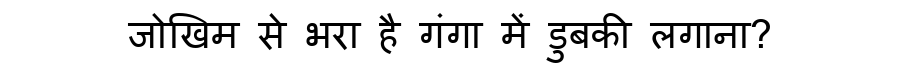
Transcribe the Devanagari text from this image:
जोखिम से भरा है गंगा में डुबकी लगाना?